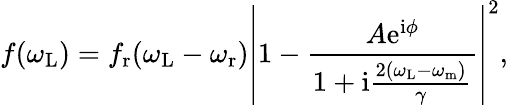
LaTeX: f(\omega_{\mathrm{L}})=f_{\mathrm{r}}(\omega_{\mathrm{L}}-\omega_{\mathrm{r}})\left\vert 1-\frac{A\mathrm{e}^{\mathrm{i}\phi}}{1+\mathrm{i}\frac{2(\omega_{\mathrm{L}}-\omega_{\mathrm{m}})}{\gamma}}\right\vert^{2},